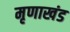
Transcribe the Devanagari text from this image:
मृणाखंड